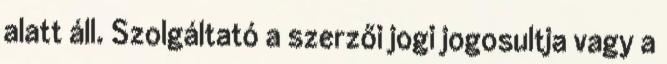
alatt áll. Szolgáltató a szerzői jogi jogosultja vagy a